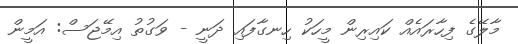
މާލޭގެ ފިހާރައެއް ކައިރިން މީހަކު ހިނގާފައި ދަނީ - ވަގުތު އިމޭޖަސް: އަމީން